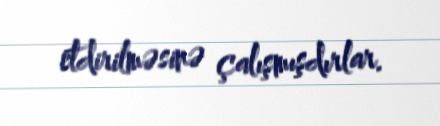
etdirilməsinə çalışmışdırlar.